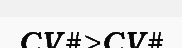
CV#>CV#